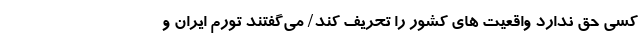
کسی حق ندارد واقعیت ‌های کشور را تحریف کند/ می‌گفتند تورم ایران و